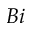
B i